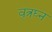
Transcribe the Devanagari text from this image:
वृत्रघ्न